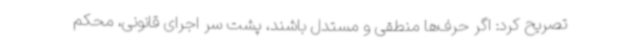
تصریح کرد: اگر حرف‌ها منطقی و مستدل باشند، پشت سر اجرای قانونی، محکم